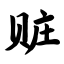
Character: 赃